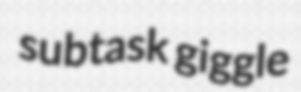
subtask giggle